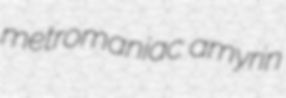
metromaniac amyrin